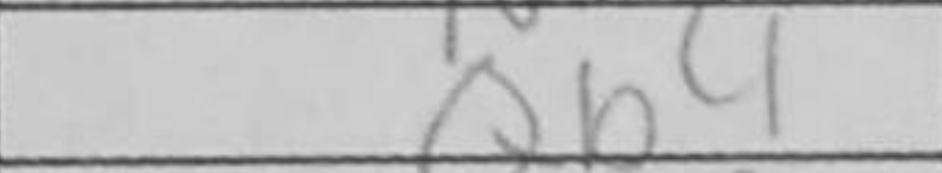
Transcription: Qb4